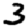
Digit: 3